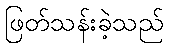
ဖြတ်သန်းခဲ့သည်